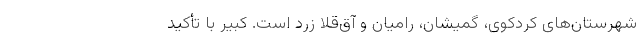
شهرستان‌های کردکوی، گمیشان، رامیان و آق‌قلا زرد است. کبیر با تأکید